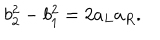
LaTeX: b _ { 2 } ^ { 2 } - b _ { 1 } ^ { 2 } = 2 a _ { L } a _ { R } .